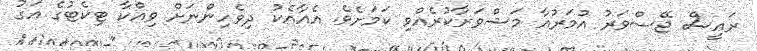
ރައީސް ޖޭސްވަރު އުމަރުއާ މަޝްވަރާކުރެއްވި ކަމަށެވެ. އެއާއެކު ދިވެހިންނަށް ވިއްކާ ޓިކެޓުގެ އަގު